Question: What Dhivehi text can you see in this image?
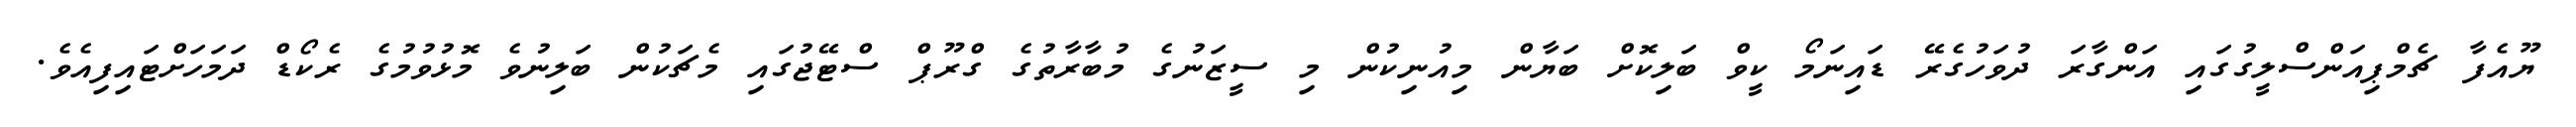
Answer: ޔޫއެފާ ޗެމްޕިއަންސްލީގުގައި އަންގާރަ ދުވަހުގެރޭ ޑައިނަމޯ ކީވް ބަލިކޮށް ބަޔާން މިއުނިކުން މި ސީޒަނުގެ މުބާރާތުގެ ގްރޫޕް ސްޓޭޖުގައި މެޗަކުން ބަލިނުވެ މޮޅުވުމުގެ ރެކޯޑް ދަމަހަށްޓައިފިއެވެ.